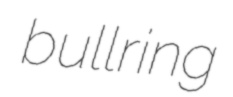
bullring